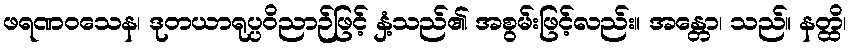
ဖရဏဝသေန၊ ဒုတယာရုပ္ပဝိညာဉ်ဖြင့် နှံ့သည်၏ အစွမ်းဖြင့်လည်း။ အန္တော၊ သည်။ နတ္ထိ၊